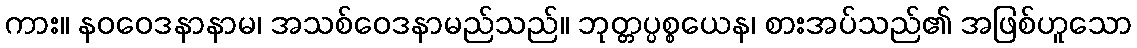
ကား။ နဝဝေဒနာနာမ၊ အသစ်ဝေဒနာမည်သည်။ ဘုတ္တပ္ပစ္စယေန၊ စားအပ်သည်၏ အဖြစ်ဟူသော